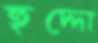
হুদ্দো